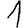
Digit: 1